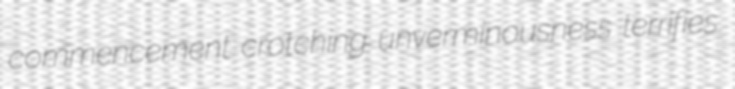
commencement crotching unverminousness terrifies